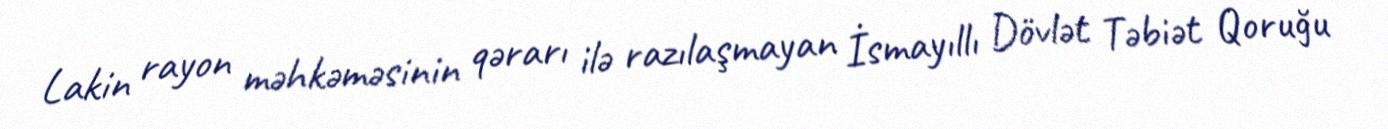
Lakin rayon məhkəməsinin qərarı ilə razılaşmayan İsmayıllı Dövlət Təbiət Qoruğu